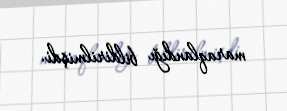
maraqlandığı bildirilmişdi.